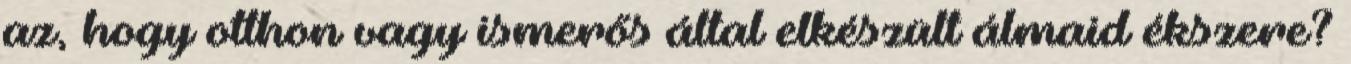
az, hogy otthon vagy ismerős által elkészült álmaid ékszere?